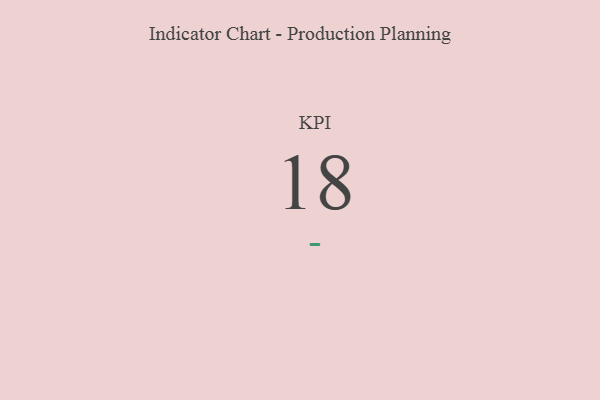
{"axis": {"x": "KPI", "y": "Value"}, "legend": [""], "data": [{"x": "KPI", "y": 18, "type": ""}]}